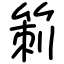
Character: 箣